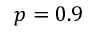
p = 0 . 9